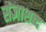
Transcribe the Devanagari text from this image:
संज्ञाशब्द